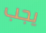
يجب